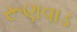
રૂણવાડ